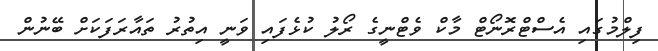
ފިލްމުގައި އެސްޓްރޮނޯޓް މާކް ވެޓްނީގެ ރޯލު ކުޅެފައި ވަނީ އިތުރު ތައާރަފަކަށް ބޭނުން